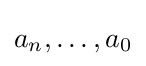
a_{n},\dots ,a_{0}